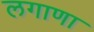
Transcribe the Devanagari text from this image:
लगाणा